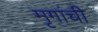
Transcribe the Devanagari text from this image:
मृगांची